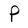
Character: P